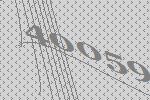
40059